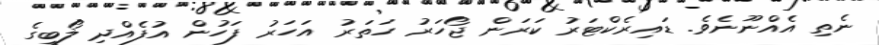
ނެތި އެއްނޫނެވެ. ޑައިރެކްޓަރު ކަރަން ޖޯހަރު ހަތަރު އަހަރު ފަހުން އުފެއްދި ލޯބީގެ